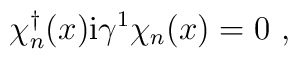
\chi_n^{\dagger}(x) {\rm i}\gamma^1 \chi_n(x) = 0 \ ,